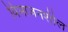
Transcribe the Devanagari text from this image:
विभाजनशील